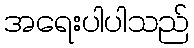
အရေးပါပါသည်